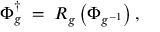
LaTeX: \Phi _ { g } ^ { \dagger } \; = \; R _ { g } \left( \Phi _ { g ^ { - 1 } } \right) ,